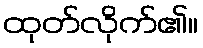
ထုတ်လိုက်၏။